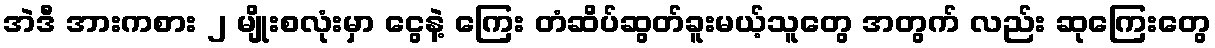
အဲဒီ အားကစား ၂ မျိုးစလုံးမှာ ငွေနဲ့ ကြေး တံဆိပ်ဆွတ်ခူးမယ့်သူတွေ အတွက် လည်း ဆုကြေးတွေ